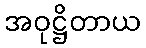
အဝုဋ္ဌိတာယ